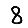
Digit: 8